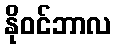
နိုဝင်ဘာလ